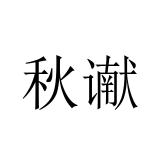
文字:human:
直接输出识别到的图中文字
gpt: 秋谳